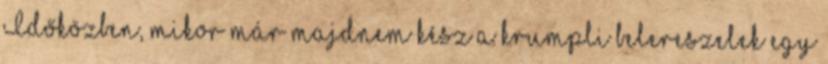
Időközben, mikor már majdnem kész a krumpli belereszelek egy